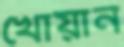
খোয়ান